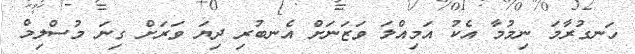
ހަނގުރާމަ ނިމުމާ އެކު އަމިއްލަ ވަޒަނަށް އެނބުރި ދިޔަ ވަރަށް ގިނަ މުސްލިމް